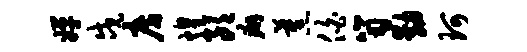
婵戍房煌朗癖蕉伯笥动珂